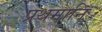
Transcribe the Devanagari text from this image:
प्रथमानि